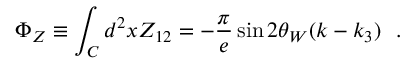
\Phi _ { Z } \equiv \int _ { \cal C } d ^ { 2 } x Z _ { 1 2 } = - \frac { \pi } { e } \sin 2 \theta _ { W } ( k - k _ { 3 } ) ~ ~ .